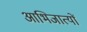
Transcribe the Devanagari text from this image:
आभिजात्यों